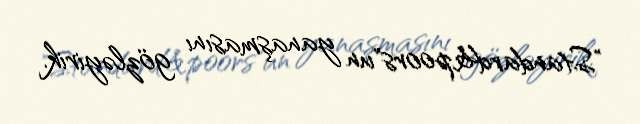
"Standard&poors"un yanaşmasını gözləyirik.